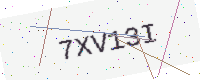
Text: 7XV13I